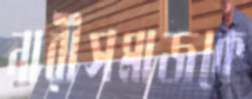
নারীসমাজকে